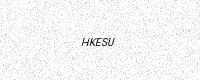
Text: HKESU